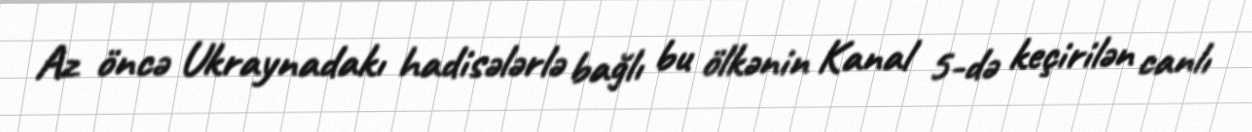
Az öncə Ukraynadakı hadisələrlə bağlı bu ölkənin Kanal 5-də keçirilən canlı